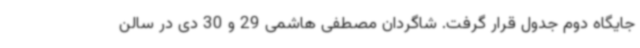
جایگاه دوم جدول قرار گرفت. شاگردان مصطفی هاشمی 29 و 30 دی در سالن